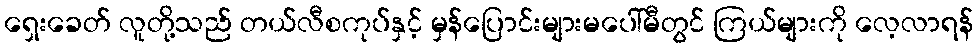
ရှေးခေတ် လူတို့သည် တယ်လီစကုပ်နှင့် မှန်ပြောင်းများမပေါ်မီတွင် ကြယ်များကို လေ့လာရန်